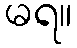
မရ။